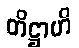
တိဋ္ဌာဟိ